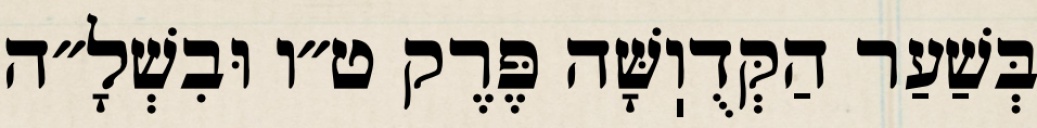
בְּשַׁעַר הַקְּדֻוֽשָּׁה פֶּרֶק ט״ו וּבִשְׁלָ״ה